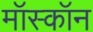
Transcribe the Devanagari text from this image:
मॉस्कॉन